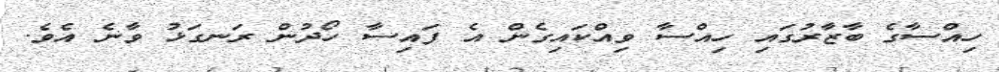
ހިއްސާގެ ބާޒާރުގައި ހިއްސާ ވިއްކައިގެން އެ ފައިސާ ހޯދުން ރަނގަޅު ވާނެ އެވެ.